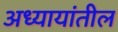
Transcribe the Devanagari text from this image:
अध्यायांतील